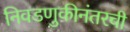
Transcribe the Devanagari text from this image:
निवडणुकीनंतरची